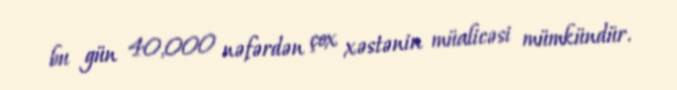
bu gün 40,000 nəfərdən çox xəstənin müalicəsi mümkündür.